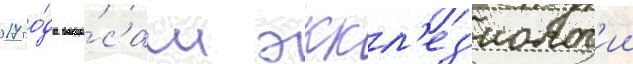
2017 го́да вопро́сам эккл'ез'иолог'ии